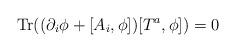
LaTeX: \begin{align*}{\rm Tr}((\partial_i\phi +[A_i,\phi])[T^a,\phi])=0\end{align*}